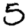
Digit: 5